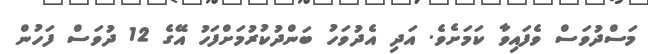
މަސްދުވަސް ވެފައިވާ ކަމަށެވެ. އަދި އެދުވަހު ބަންދުކުރުމަށްފަހު އޭގެ 12 ދުވަސް ފަހުން